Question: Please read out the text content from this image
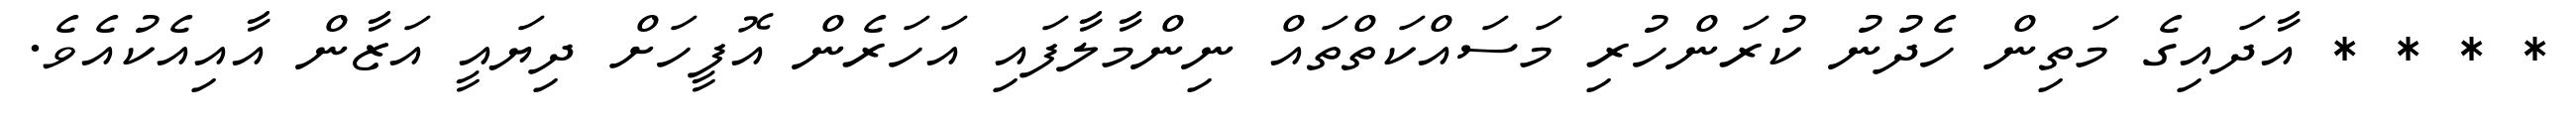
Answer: * * * * އާދައިގެ މަތިން ހެދުނު ކުރަންހުރި މަސައްކަތްތައް ނިންމާލާފައި އަހަރެން އޮފީހަށް ދިޔައީ އަޒާން އާއިއެކުއެވެ.